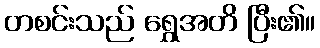
တစင်းသည် ရွှေအတိ ပြီး၏။